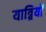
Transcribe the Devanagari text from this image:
यात्र्रियों